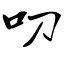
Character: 叨